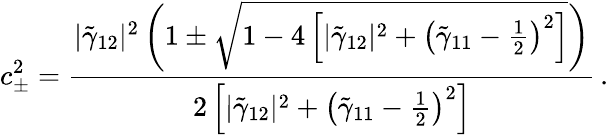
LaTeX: c_{\pm}^{2}=\frac{|\tilde{\gamma}_{12}|^{2}\left(1\pm\sqrt{1-4\left[|\tilde{\gamma}_{12}|^{2}+\left(\tilde{\gamma}_{11}-\frac{1}{2}\right)^{2}\right]}\right)}{2\left[|\tilde{\gamma}_{12}|^{2}+\left(\tilde{\gamma}_{11}-\frac{1}{2}\right)^{2}\right]}\, .